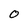
Character: O